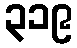
၃၁၉